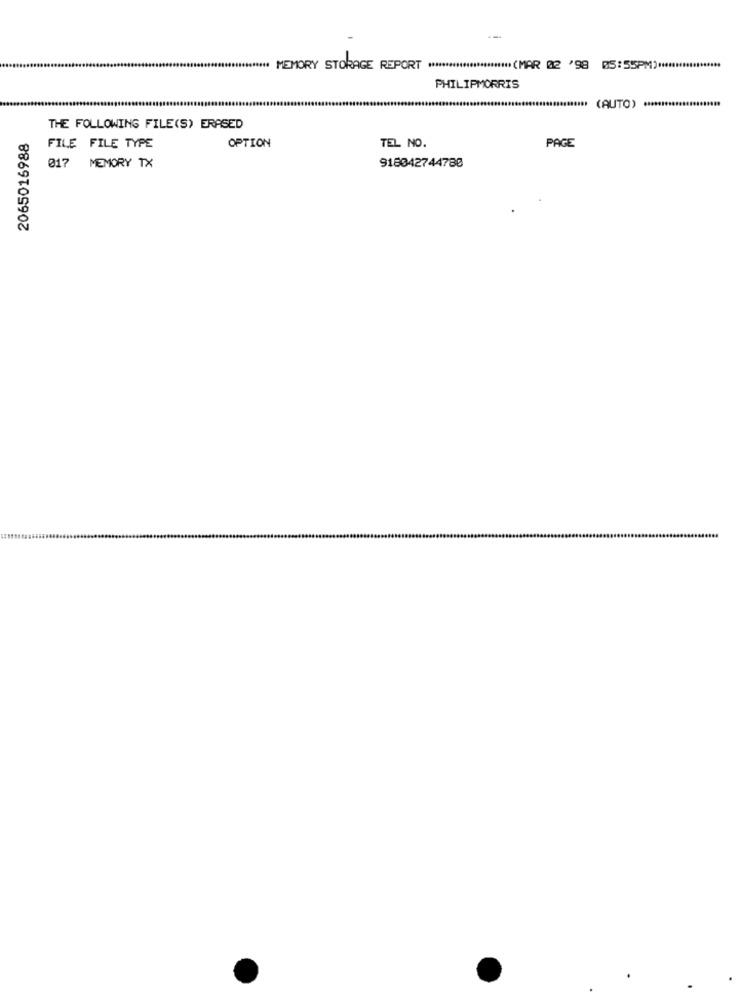
**** MEMORY STORAGE REPORT ************************ (MAR 02 '98 BS:55PM) ***************
PHILIPMORRIS
(AUTO) **********************
THE FOLLOWING FILE(S) ERASED
2065016988
PAGE
FILE FILE TYPE
OPTION
TEL NO.
017 MEMORY TX
918042744780